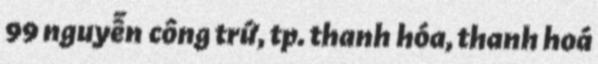
99 nguyễn công trứ, tp. thanh hóa, thanh hoá